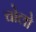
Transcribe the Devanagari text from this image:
चोलो